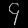
Digit: ၄